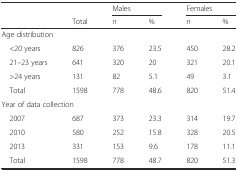
<table><thead><tr><td rowspan="2"></td><td></td><td colspan="2"><b>Males</b></td><td colspan="2"><b>Females</b></td></tr><tr><td><b>Total</b></td><td><b><i>n</i></b></td><td><b>%</b></td><td><b><i>n</i></b></td><td><b>%</b></td></tr></thead><tbody><tr><td colspan="6">Age distribution</td></tr><tr><td> &lt;20 years</td><td>826</td><td>376</td><td>23.5</td><td>450</td><td>28.2</td></tr><tr><td> 21–23 years</td><td>641</td><td>320</td><td>20</td><td>321</td><td>20.1</td></tr><tr><td> &gt;24 years</td><td>131</td><td>82</td><td>5.1</td><td>49</td><td>3.1</td></tr><tr><td> Total</td><td>1598</td><td>778</td><td>48.6</td><td>820</td><td>51.4</td></tr><tr><td colspan="6">Year of data collection</td></tr><tr><td> 2007</td><td>687</td><td>373</td><td>23.3</td><td>314</td><td>19.7</td></tr><tr><td> 2010</td><td>580</td><td>252</td><td>15.8</td><td>328</td><td>20.5</td></tr><tr><td> 2013</td><td>331</td><td>153</td><td>9.6</td><td>178</td><td>11.1</td></tr><tr><td> Total</td><td>1598</td><td>778</td><td>48.7</td><td>820</td><td>51.3</td></tr></tbody></table>